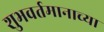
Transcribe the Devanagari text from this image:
शुभवर्तमानाच्या